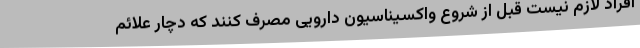
افراد لازم نیست قبل از شروع واکسیناسیون دارویی مصرف کنند که دچار علائم